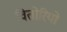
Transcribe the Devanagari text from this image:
वितोरियो